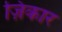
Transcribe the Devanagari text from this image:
ज़िकार